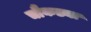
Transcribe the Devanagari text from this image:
चौकड्या